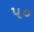
પ૦